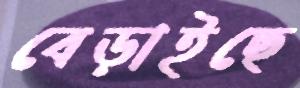
বেড়াইছে